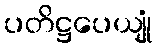
ပတိဋ္ဌပေယျုံ